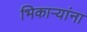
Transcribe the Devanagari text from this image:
भिकाऱ्यांना